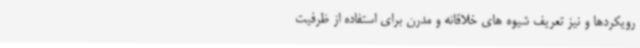
رویکردها و نیز تعریف شیوه های خلاقانه و مدرن برای استفاده از ظرفیت